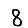
Digit: 8